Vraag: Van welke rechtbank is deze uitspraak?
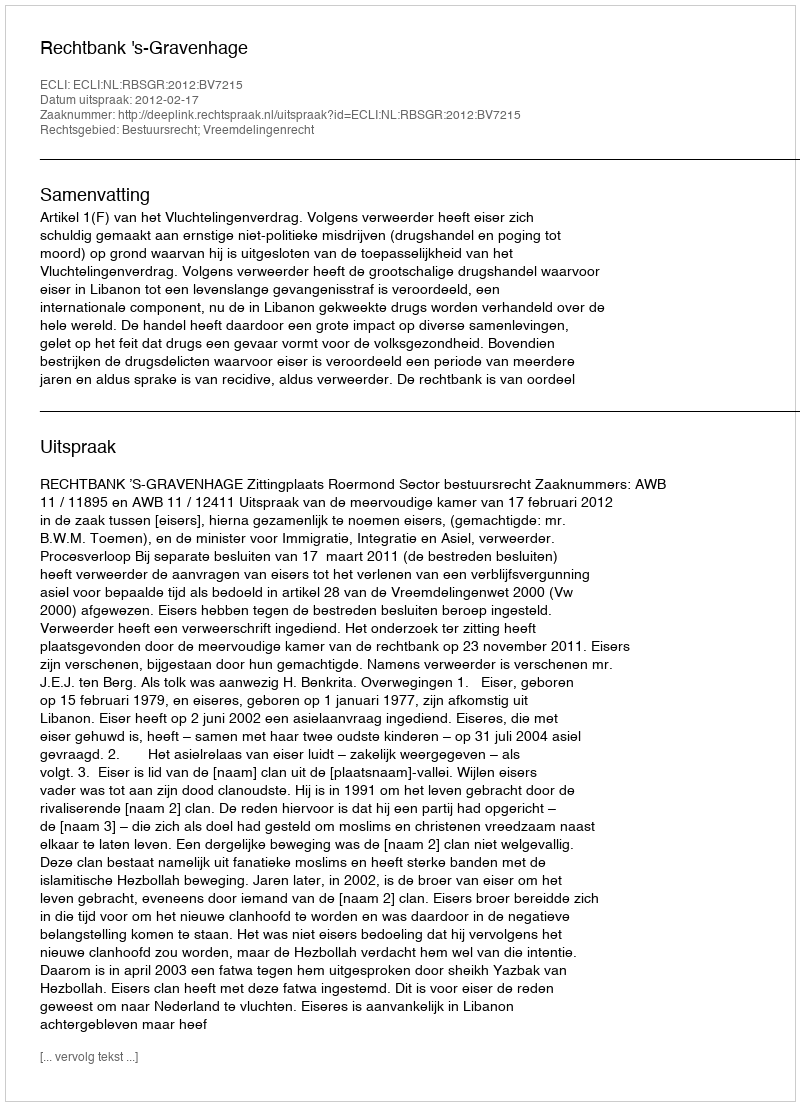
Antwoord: Rechtbank 's-Gravenhage